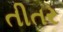
તીતર